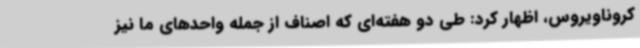
کروناویروس، اظهار کرد: طی دو هفته‌ای که اصناف از جمله واحدهای ما نیز